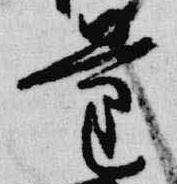
量